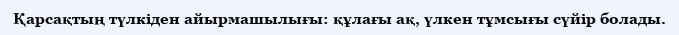
Қарсақтың түлкіден айырмашылығы: құлағы ақ, үлкен тұмсығы сүйір болады.